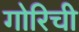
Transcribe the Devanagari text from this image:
गोरिची